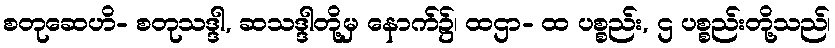
စတုဆေဟိ- စတုသဒ္ဒါ, ဆသဒ္ဒါတို့မှ နောက်၌၊ ထဌာ- ထ ပစ္စည်း, ဌ ပစ္စည်းတို့သည်၊